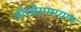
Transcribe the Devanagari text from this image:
तोरवेरामायण